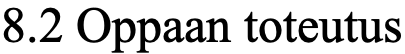
8.2 Oppaan toteutus